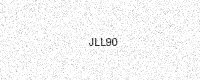
Text: JLL90